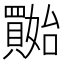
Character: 𡤔